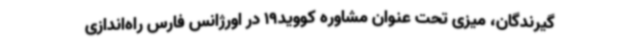
گیرندگان، میزی تحت عنوان مشاوره کووید19 در اورژانس فارس راه‌اندازی